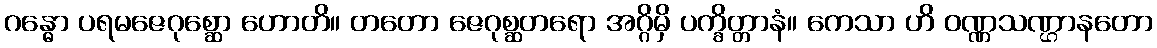
ဂန္ဓော ပရမဇေဂုစ္ဆော ဟောတိ။ တတော ဇေဂုစ္ဆတရော အဂ္ဂိမှိ ပက္ခိတ္တာနံ။ ကေသာ ဟိ ဝဏ္ဏသဏ္ဌာနတော